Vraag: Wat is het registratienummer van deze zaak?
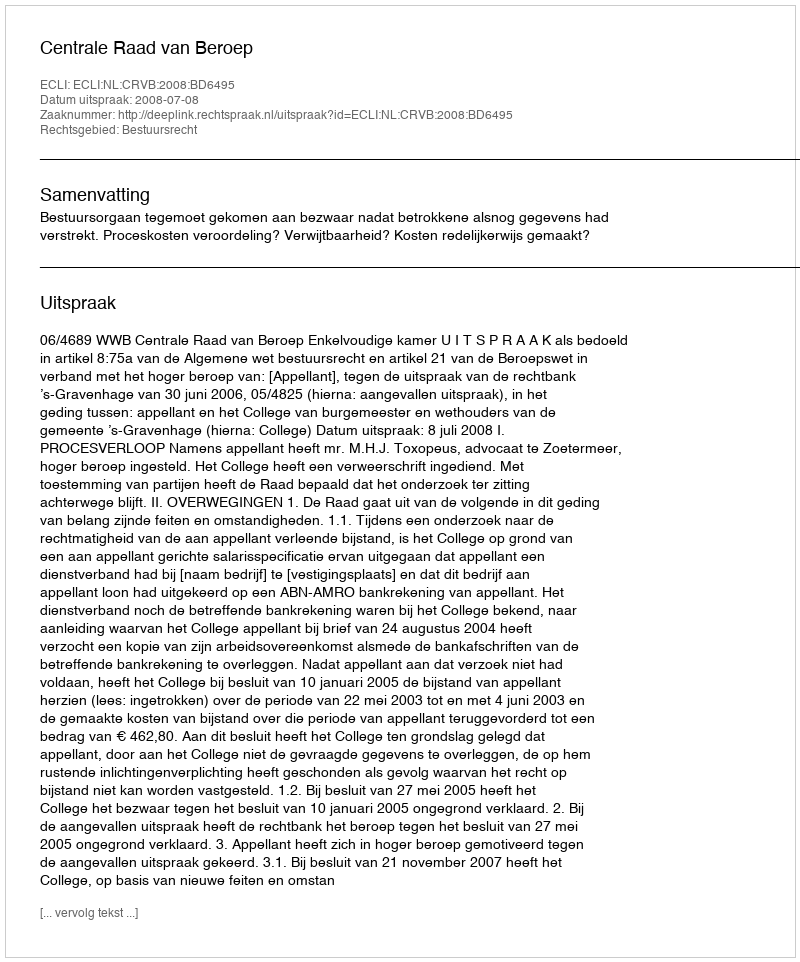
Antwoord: http://deeplink.rechtspraak.nl/uitspraak?id=ECLI:NL:CRVB:2008:BD6495